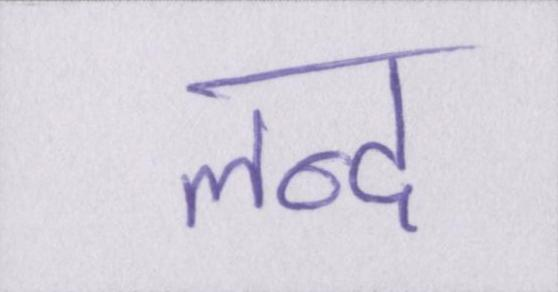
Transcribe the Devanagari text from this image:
लन्द